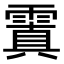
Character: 𩄚